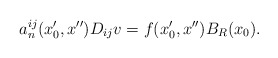
\begin{align*} a^{ij}_n(x_0',x'')D_{ij}v=f(x_0',x'')B_{R}(x_0).\end{align*}